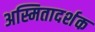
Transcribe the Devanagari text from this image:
अस्मितादर्शक